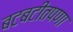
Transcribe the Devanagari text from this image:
बटबटीतपणा